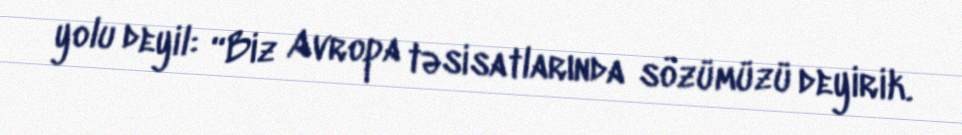
yolu deyil: “Biz Avropa təsisatlarında sözümüzü deyirik.